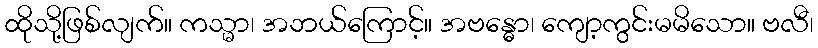
ထိုသို့ဖြစ်လျက်။ ကသ္မာ၊ အဘယ်ကြောင့်။ အဗန္ဓော၊ ကျော့ကွင်းမမိသော။ ဗလီ၊